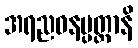
အရညဝနပ္ပတ္ထာနိ